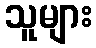
သူများ